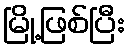
မြို့ဖြစ်ပြီး